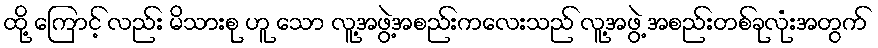
ထို့ ကြောင့် လည်း မိသားစု ဟူ သော လူ့အဖွဲ့အစည်းကလေးသည် လူ့အဖွဲ့ အစည်းတစ်ခုလုံးအတွက်